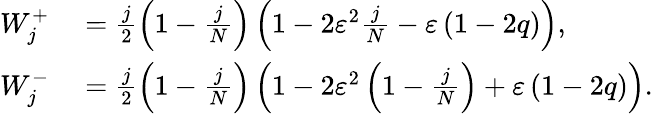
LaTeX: \begin{array}{rl}{W_{j}^{+}}&{{}=\frac{j}{2}\left(1-\frac{j}{N}\right)\left(1-2\varepsilon^{2}\frac{j}{N}-\varepsilon\left(1-2q\right)\right),}\\ {W_{j}^{-}}&{{}=\frac{j}{2}\left(1-\frac{j}{N}\right)\left(1-2\varepsilon^{2}\left(1-\frac{j}{N}\right)+\varepsilon\left(1-2q\right)\right).}\end{array}